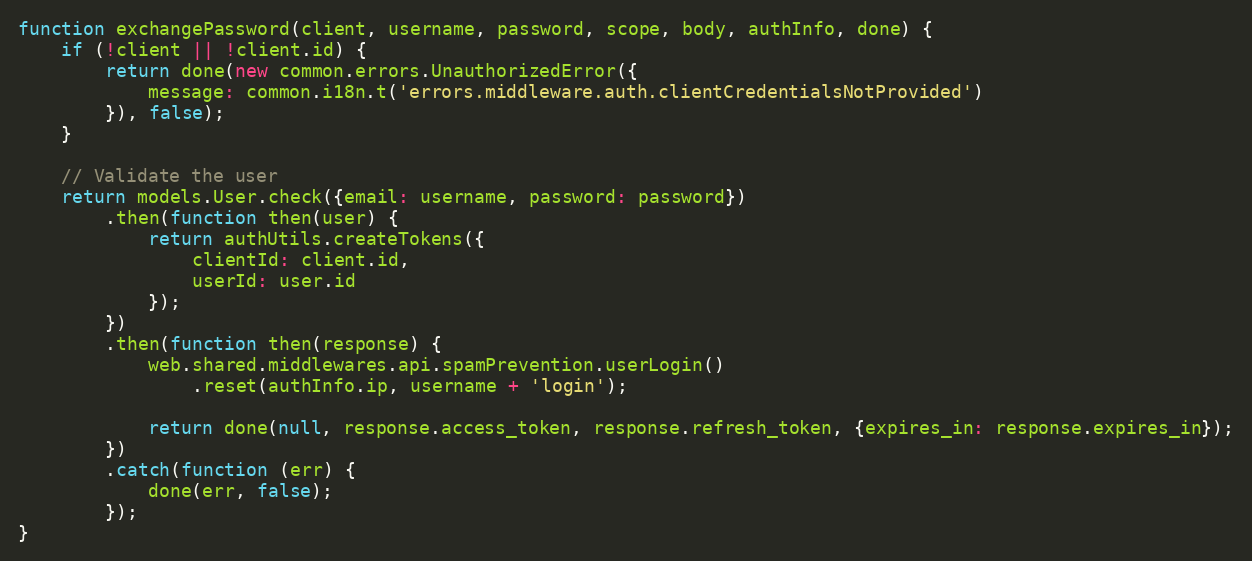
Language: JavaScript
function exchangePassword(client, username, password, scope, body, authInfo, done) {
    if (!client || !client.id) {
        return done(new common.errors.UnauthorizedError({
            message: common.i18n.t('errors.middleware.auth.clientCredentialsNotProvided')
        }), false);
    }

    // Validate the user
    return models.User.check({email: username, password: password})
        .then(function then(user) {
            return authUtils.createTokens({
                clientId: client.id,
                userId: user.id
            });
        })
        .then(function then(response) {
            web.shared.middlewares.api.spamPrevention.userLogin()
                .reset(authInfo.ip, username + 'login');

            return done(null, response.access_token, response.refresh_token, {expires_in: response.expires_in});
        })
        .catch(function (err) {
            done(err, false);
        });
}